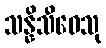
သန္နိသီဝေသု